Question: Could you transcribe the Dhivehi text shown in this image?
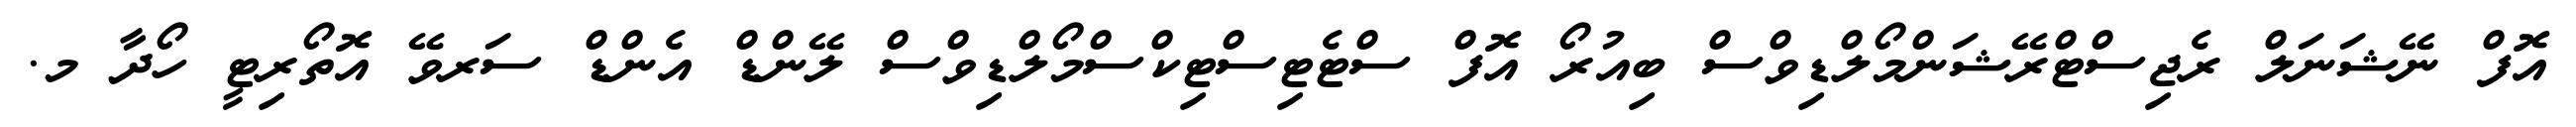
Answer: އޮފް ނޭޝަނަލް ރެޖިސްޓްރޭޝަންމޯލްޑިވްސް ބިއުރޯ އޮފް ސްޓެޓިސްޓިކްސްމޯލްޑިވްސް ލޭންޑް އެންޑް ސަރވޭ އޮތޯރިޓީ ހޯދާ މ.